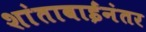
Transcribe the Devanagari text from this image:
शांताबाईंनंतर